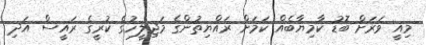
މިއީ ވަރަށް ބޮޑު ކާމިޔާބެއް ކަމަށް ރައްޔިތުންގެ މަޖިލީހުގެ ކުރީގެ ރައީސް އަދި